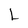
Character: L